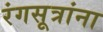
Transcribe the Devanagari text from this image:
रंगसूत्रांना